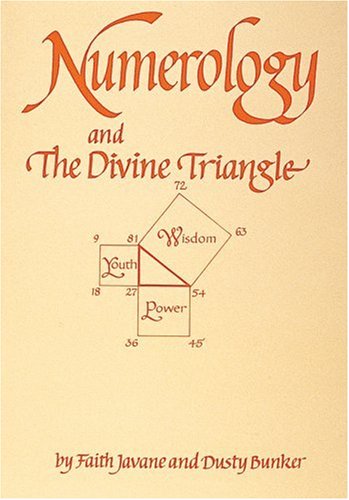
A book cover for Numerology and the Divine Triangle; Faith Javane; Religion & Spirituality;